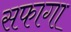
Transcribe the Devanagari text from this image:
सफागा